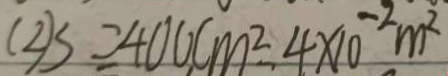
( 2 ) S = 4 0 0 c m ^ { 2 } - 4 \times 1 0 ^ { - 2 } m ^ { 2 }